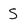
Character: S